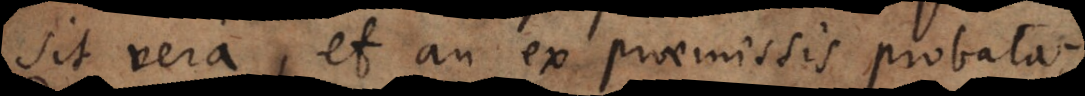
sit vera, et an ex praemissis probata;